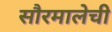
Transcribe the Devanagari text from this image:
सौरमालेची